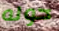
حوله